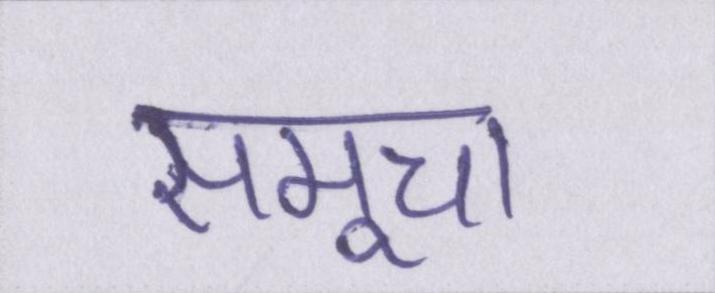
समूचा